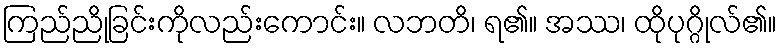
ကြည်ညိုခြင်းကိုလည်းကောင်း။ လဘတိ၊ ရ၏။ အဿ၊ ထိုပုဂ္ဂိုလ်၏။